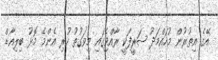
އޭގެ އިތުރުން މުހައްމަދު ޝަރީފަކީ ރާއްޖޭގައި މިވަގުތު ހުރި އެންމެ މޮޅު ބިލިއާޑް